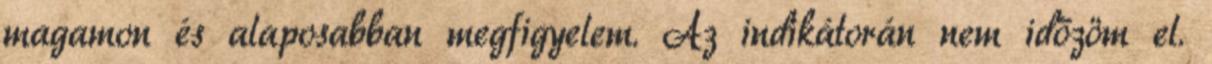
magamon és alaposabban megfigyelem. Az indikátorán nem időzöm el.